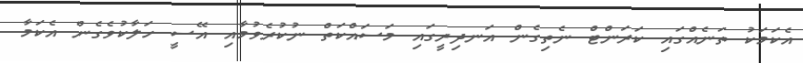
އެކަމަކު ތަނެއްގައި ކަރަންޓް ނެތިގެން އަނދިރީގައި މަސައްކަތް ނުކުރެވުމާއި އޭސީ ހަލާކުވެގެން އެކަމާ